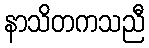
နာသိတကသညီ